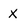
Character: x